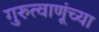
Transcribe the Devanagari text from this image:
गुरुत्वाणूंच्या